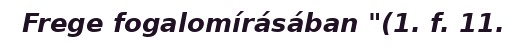
Frege fogalomírásában "(1. f. 11.